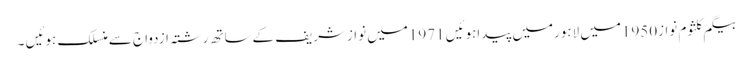
بیگم کلثوم نواز1950میں لاہورمیں پیداہوئیں 1971میں نوازشریف کےساتھ رشتہ ازدواج سےمنسلک ہوئیں ۔